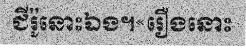
ជីរ៉ូនោះឯង។«រឿងនោះ